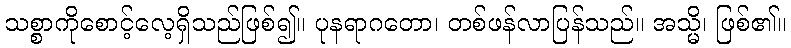
သစ္စာကိုစောင့်လေ့ရှိသည်ဖြစ်၍။ ပုနရာဂတော၊ တစ်ဖန်လာပြန်သည်။ အသ္မိ၊ ဖြစ်၏။